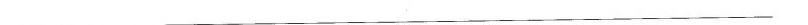
______________________________________